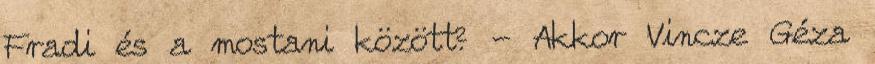
Fradi és a mostani között? - Akkor Vincze Géza